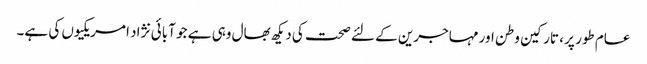
عام طور پر ، تارکین وطن اور مہاجرین کے لئے صحت کی دیکھ بھال وہی ہے جو آبائی نژاد امریکیوں کی ہے۔